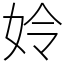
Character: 姈